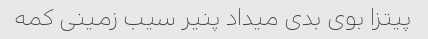
پیتزا بوی بدی میداد پنیر سیب زمینی کمه